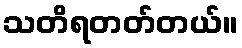
သတိရတတ်တယ်။